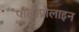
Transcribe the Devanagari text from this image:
पॉलीप्रोलाइन